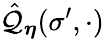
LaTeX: \hat{\mathcal{Q}}_{\boldsymbol{\eta}}(\sigma^{\prime},\cdot)